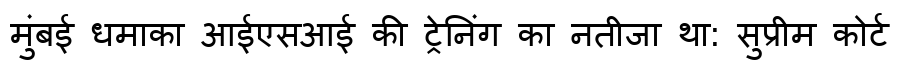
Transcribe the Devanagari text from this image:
मुंबई धमाका आईएसआई की ट्रेनिंग का नतीजा था: सुप्रीम कोर्ट